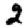
Digit: 2